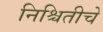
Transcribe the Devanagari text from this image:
निश्चितीचे